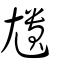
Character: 尵